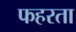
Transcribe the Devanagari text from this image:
फहरता